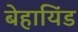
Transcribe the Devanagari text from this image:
बेहायिंड